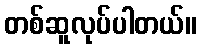
တစ်ဆူလုပ်ပါတယ်။